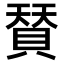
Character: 𮚌